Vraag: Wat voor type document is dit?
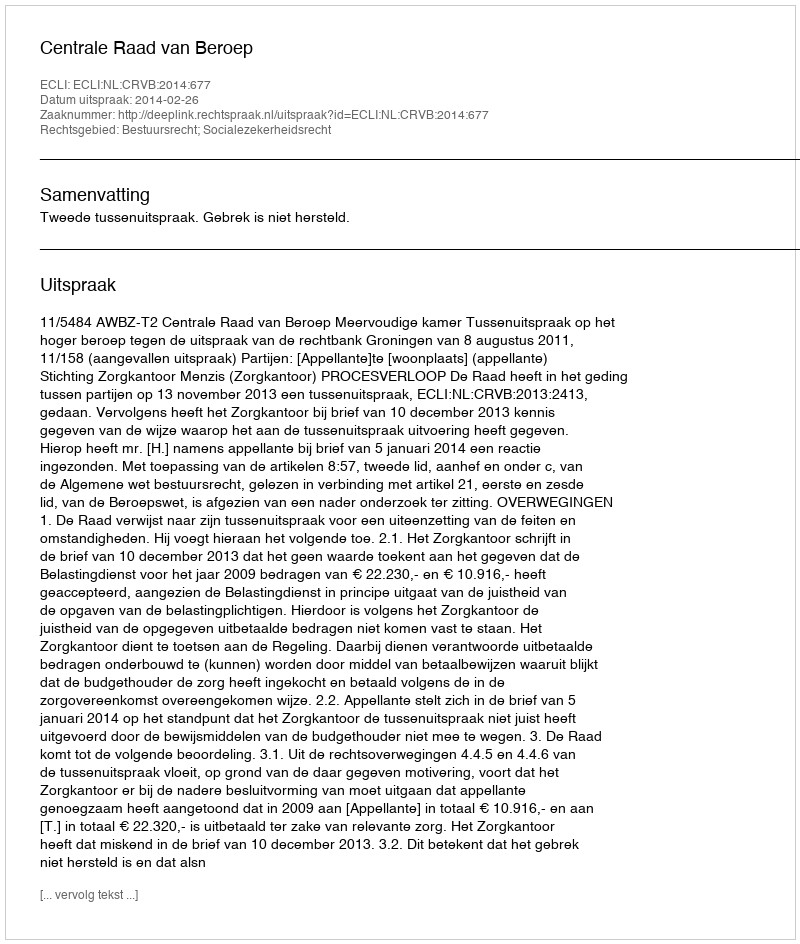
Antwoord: Uitspraak